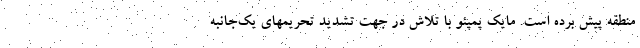
منطقه پیش برده است. مایک پمپئو با تلاش در جهت تشدید تحریمهای یک‌جانبه